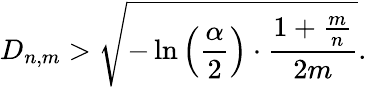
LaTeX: D_{n,m}>{\sqrt{-\ln\left({\frac{\alpha}{2}}\right)\cdot{\frac{1+{\frac{m}{n}}}{2m}}}}.